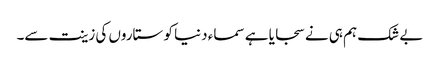
بے شک ہم ہی نے سجایا ہے سماء دنیا کو ستاروں کی زینت سے۔